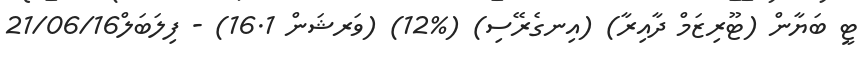
ޓީ ބަޔާން (ޓޫރިޒަމް ދާއިރާ) (އިނގެރޭސި) (%12) (ވަރޝަން 16.1) - ފިލަބަލް21/06/16